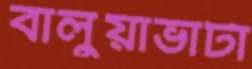
বালুয়াভাটা